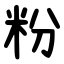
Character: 粉